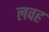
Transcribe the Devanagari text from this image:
लवह